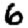
Digit: 6